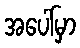
အပေါ်မှာ